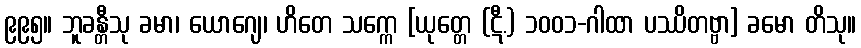
၉၉၅။ ဘူခန္တီသု ခမာ၊ ယောဂျေ၊ ဟိတေ သက္ကေ [ယုတ္တေ (ဋီ.) ၁၀၀၁-ဂါထာ ပဿိတဗ္ဗာ] ခမော တိသု။